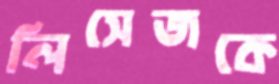
লিসেজকে